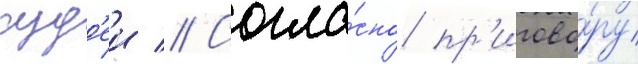
суд'еи // Согла́сно пр'игово́ру